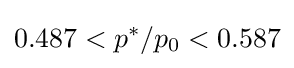
0.487<p^{*}/p_{0}<0.587